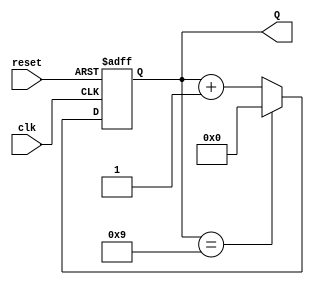
module bcd_async_counter (
    input wire clk,          // Clock input
    input wire reset,        // Asynchronous reset input
    output reg [3:0] Q       // 4-bit output for BCD value
);

// Asynchronous reset and counting logic
always @(posedge clk or posedge reset) begin
    if (reset) begin
        Q <= 4'b0000;       // Reset output to 0
    end else begin
        if (Q == 4'b1001) begin // When the count reaches 9 (1001 in binary)
            Q <= 4'b0000;   // Reset to 0
        end else begin
            Q <= Q + 1;     // Increment the counter
        end
    end
end

endmodule